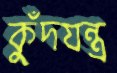
কুঁদযন্ত্র